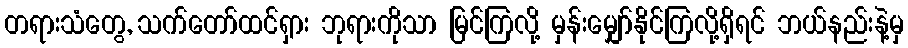
တရားသံတွေ, သက်တော်ထင်ရှား ဘုရားကိုသာ မြင်ကြလို့ မှန်းမျှော်နိုင်ကြလို့ရှိရင် ဘယ်နည်းနဲ့မှ